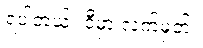
ရပါတယ်။ ဒီမှာ လက်မှတ်။